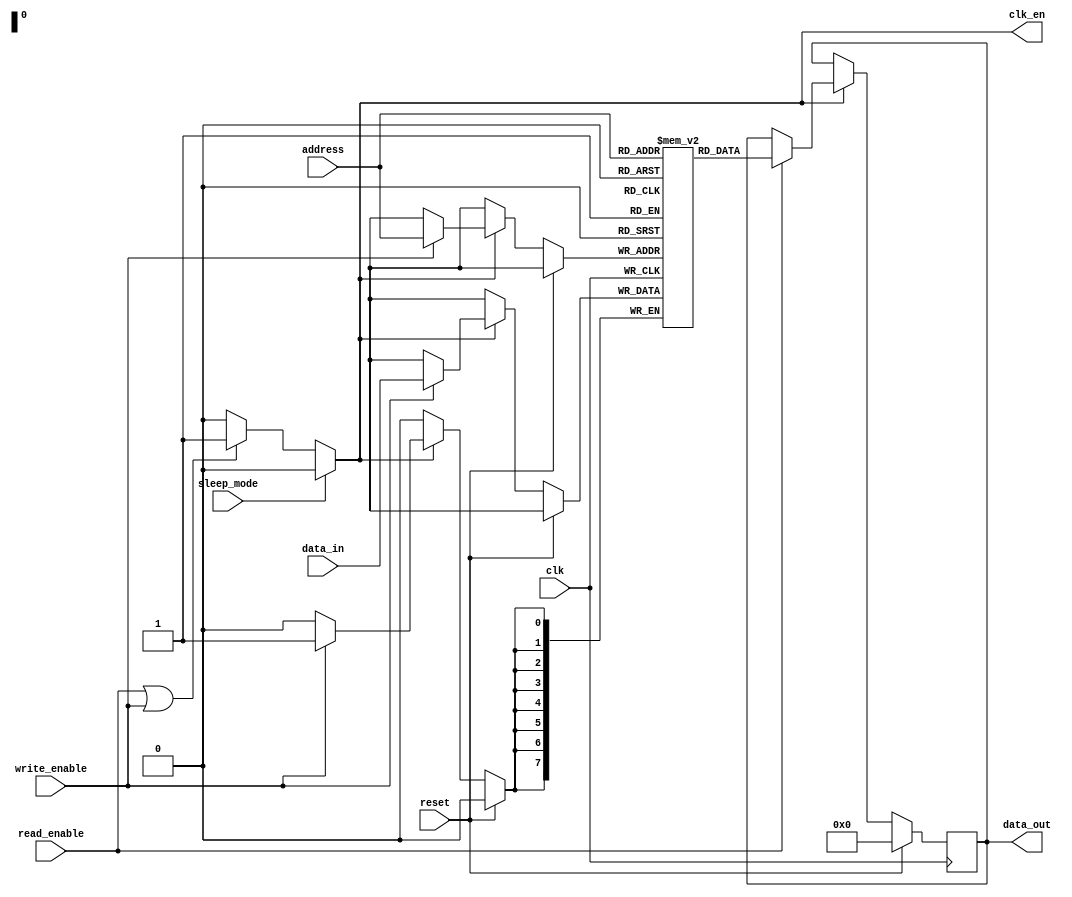
module memory_block (
    input wire clk,               // Main clock signal
    input wire reset,             // Reset signal
    input wire read_enable,       // Read enable signal
    input wire write_enable,      // Write enable signal
    input wire sleep_mode,        // Sleep mode signal
    input wire [7:0] address,     // Address for memory access
    input wire [7:0] data_in,     // Data input for write operations
    output reg [7:0] data_out,    // Data output for read operations
    output reg clk_en             // Clock enable signal
);

    // Memory array (8x256 bits)
    reg [7:0] memory_array [0:255];

    // Clock gating logic
    always @(*) begin
        if (sleep_mode) begin
            clk_en = 1'b0; // Disable clock in sleep mode
        end else if (read_enable || write_enable) begin
            clk_en = 1'b1; // Enable clock for read/write operations
        end else begin
            clk_en = 1'b0; // Disable clock when idle
        end
    end

    // Memory operations
    always @(posedge clk) begin
        if (reset) begin
            // Reset logic (optional, can be customized)
            data_out <= 8'b0;
        end else if (clk_en) begin
            if (write_enable) begin
                memory_array[address] <= data_in; // Write data to memory
            end
            if (read_enable) begin
                data_out <= memory_array[address]; // Read data from memory
            end
        end
    end

endmodule